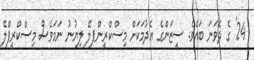
24' ގެ ދެވަނަ ބައެވެ. ސީޒަންގެ އެދުމަކަށް މިސްކްރީންޕލޭ ލިޔުނު ނަމަވެސް މިސްކްރީޕްލޭ